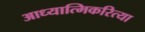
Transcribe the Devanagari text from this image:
आध्यात्मिकरित्या